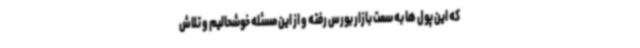
که این پول ها به سمت بازار بورس رفته و از این مسئله خوشحالیم و تلاش